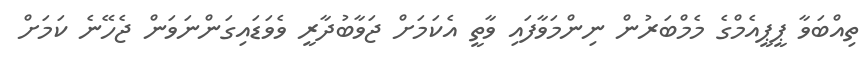
ތިއްބަވާ ޕީޕީއެމްގެ މެމްބަރުން ނިންމަވާފައި ވާތީ އެކަމަށް ޖަވާބުދާރީ ވެވަޑައިގަންނަވަން ޖެހޭނެ ކަމަށް